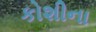
કોશીના